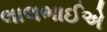
લાલભાઈએ